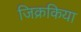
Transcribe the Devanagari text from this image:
जिक्रकिया